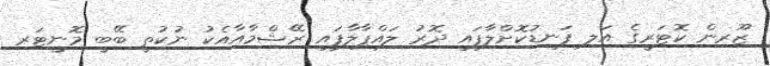
ޒޫރިން ކޮޓަރީގެ އަލި ފަނޑުކޮށްލާފައި ދޮރު ލައްޕާލާފައި ރޭޝްމާއާއެކު ނުކުތީ ބޭބީ މޮނީޓަރ